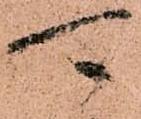
可